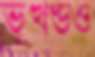
ভূখণ্ডও